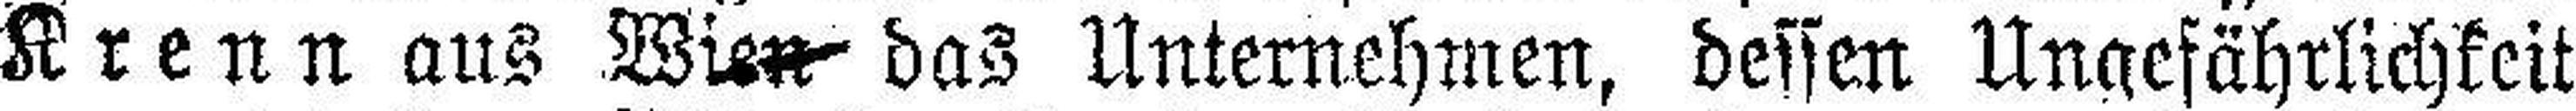
Krenn aus Wien das Unternehmen, dessen Ungefährlichkeit